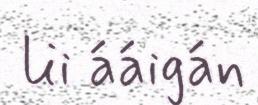
lii ááigán